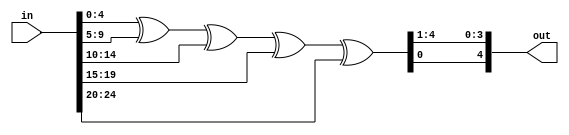
module parity_finder(
    in,
    out
);
    input [24 : 0] in;
    output [4 : 0] out;
    wire [4 : 0] out_;

    assign out_ = in[4:0] ^ in[9:5] ^ in[14:10] ^ in[19:15] ^ in[24:20];
    assign out = {out_[0], out_[4 : 1]};

endmodule